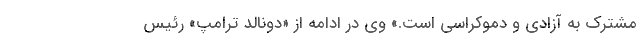
مشترک به آزادی و دموکراسی است.» وی در ادامه از «دونالد ترامپ» رئیس